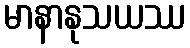
မာနာနုသယဿ